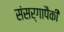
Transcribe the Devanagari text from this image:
संसर्गापैकी